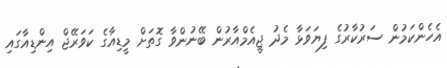
އެހެންކަމުން ސަރުކާރުގެ ފިޔަވަޅާ މެދު ޖީއެމްއާރުން ބޭނުންވާ ގޮތަށް މީޑިއާގެ ކަވަރޭޖް އިންޑިއާގައި